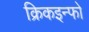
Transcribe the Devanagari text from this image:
क्रिकइन्फो